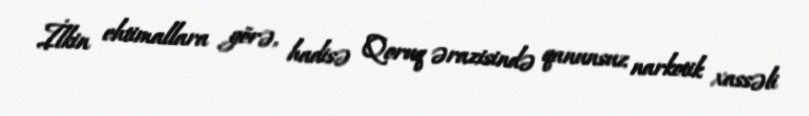
İlkin ehtimallara görə, hadisə Qoruq ərazisində qanunsuz narkotik xassəli